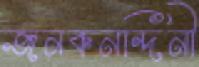
জনকনন্দিনী